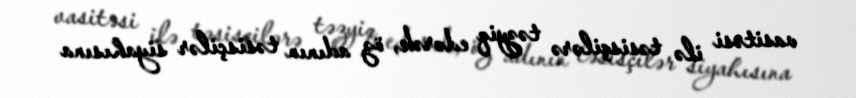
vasitəsi ilə təsisçilərə təzyiq edərək, öz adının təsisçilər siyahısına